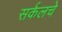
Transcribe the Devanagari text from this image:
सर्कलचे